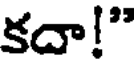
కదా!"